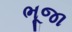
ભૂજા